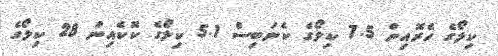
ކިލޯގެ ހެރޮއިން 7.5 ކިލޯގެ ކެނަބިސް 5.1 ކިލޯގެ ކޮކެއިން 28 ކިލޯގެ